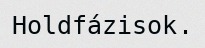
Holdfázisok.